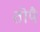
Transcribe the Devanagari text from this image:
तोपै